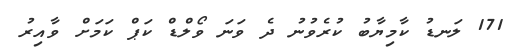
171 ލަނޑު ކާމިޔާބު ކުރެވުނު ދެ ވަނަ ވޯލްޑް ކަޕް ކަމަށް ވާއިރު